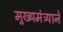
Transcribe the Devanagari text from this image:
मुख्यमंत्र्याने